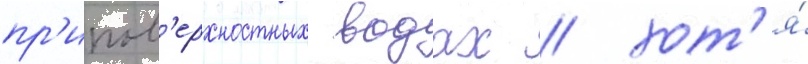
пр'ипов'ерхностных водах / хот'я́